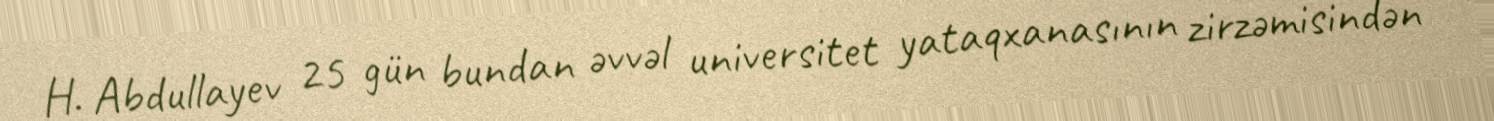
H. Abdullayev 25 gün bundan əvvəl universitet yataqxanasının zirzəmisindən